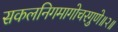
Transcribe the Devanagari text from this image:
सकलनिगमागोचरगुणे॥२॥